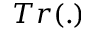
T r ( . )